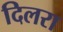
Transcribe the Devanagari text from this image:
दिलरा